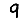
Digit: 9